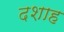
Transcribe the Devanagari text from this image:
दशाह